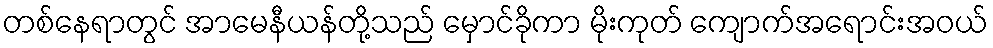
တစ်နေရာတွင် အာမေနီယန်တို့သည် မှောင်ခိုကာ မိုးကုတ် ကျောက်အရောင်းအဝယ်